Bréfritari: Jónatan Þorláksson
Viðtakandi: Jón Borgfirðings Jónsson
Dagsetning: A-1867-xx-xx
Skrifað á: Þórðarstöðum  S-Þing.

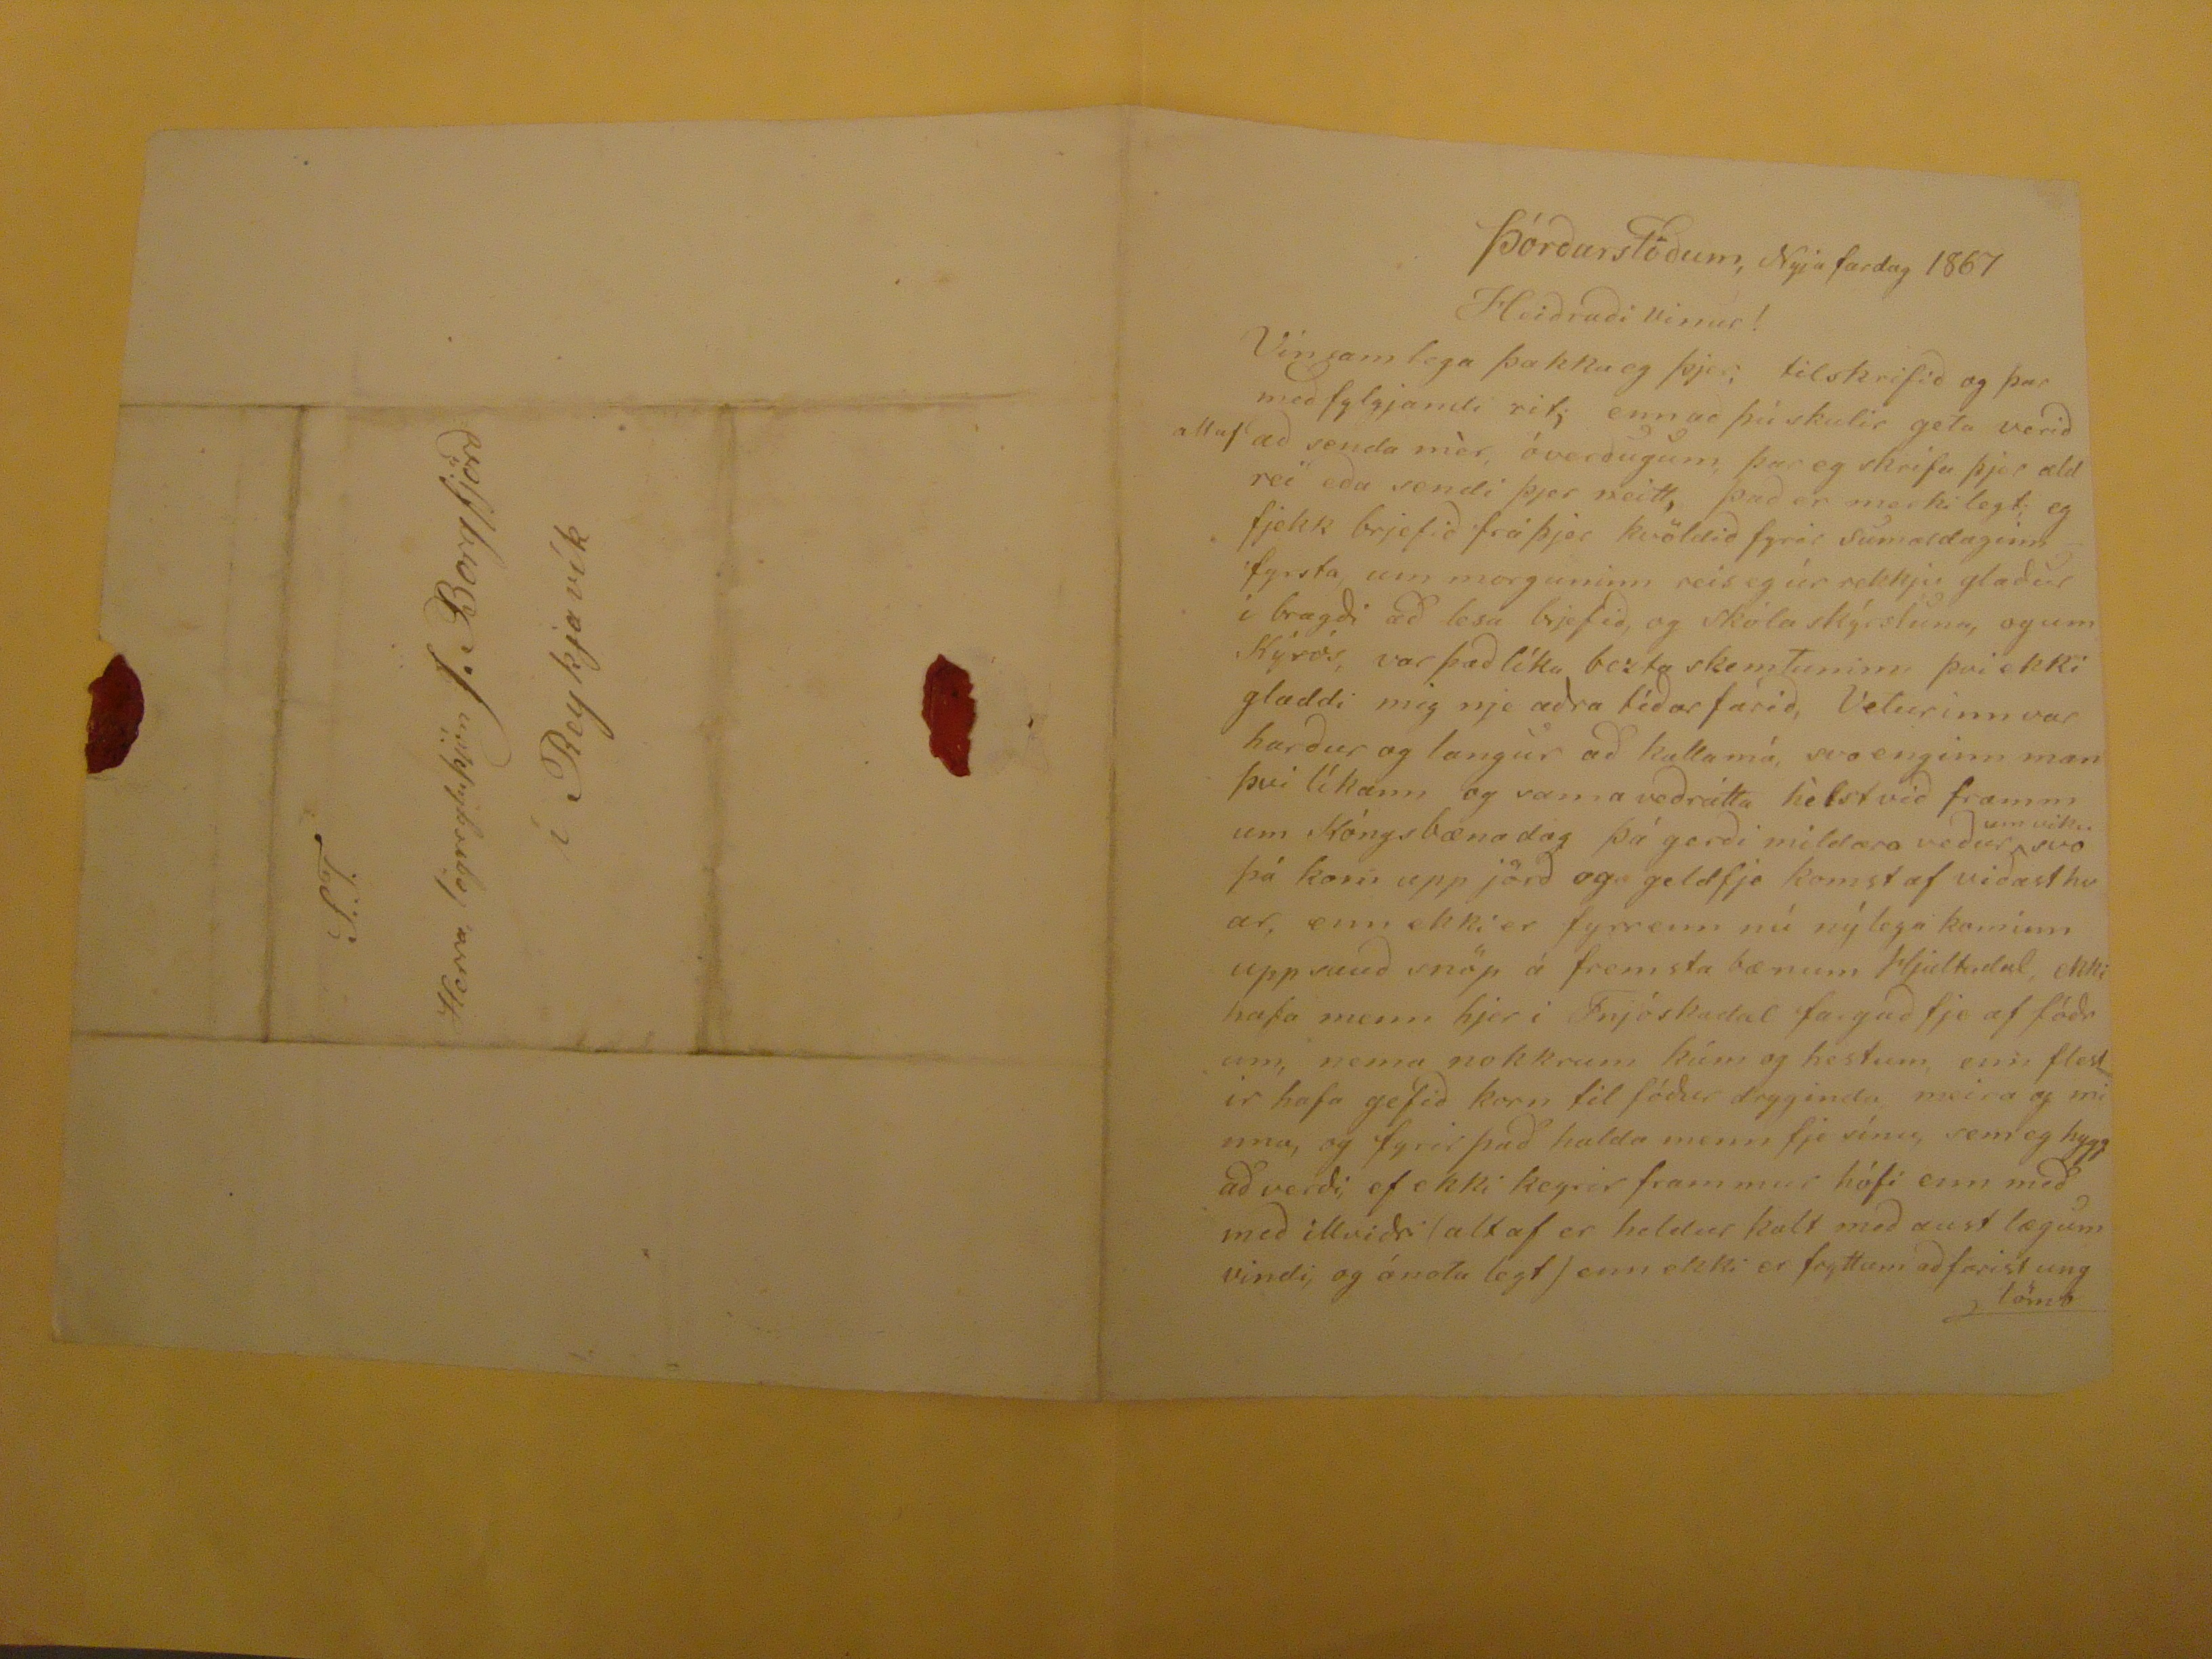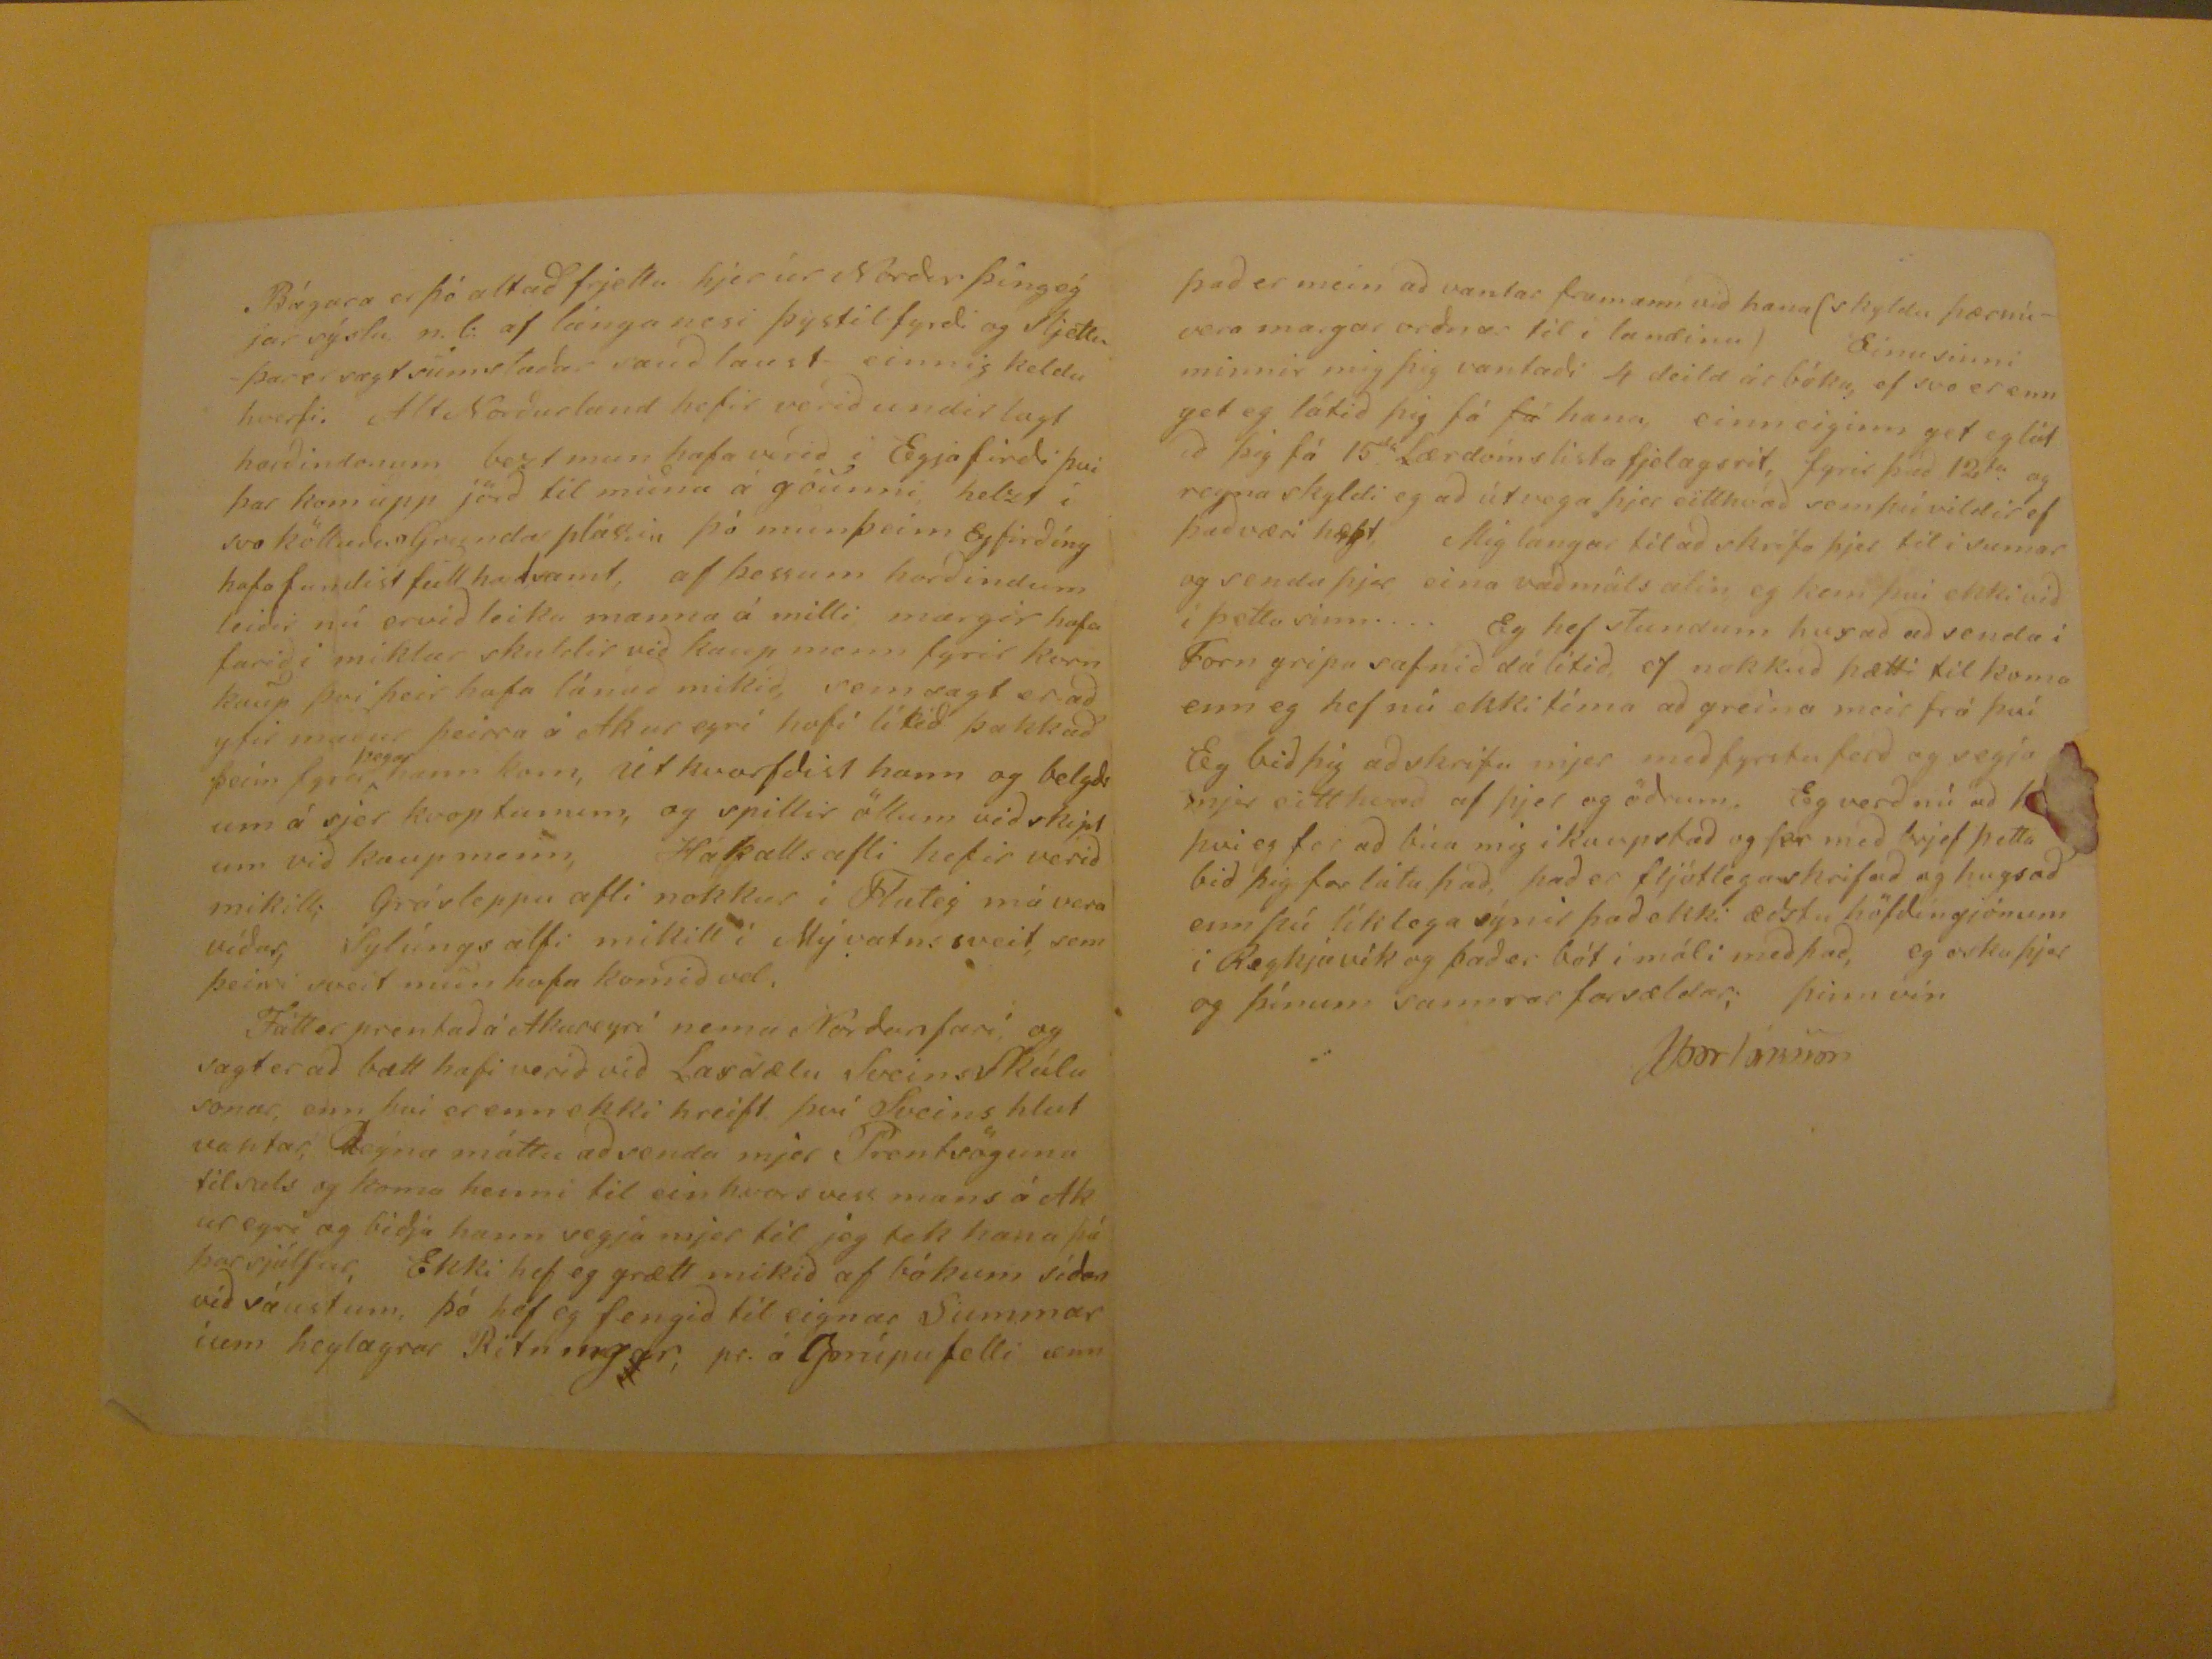

Þórðarstöðum, Nýja fardag 1867
Heiðraði vinur!
Vinsamlega þakka eg þjer, tilskrifið og þar með fylgjandi rit; ennað þú skulir geta verið altaf að senda mér óverðugum, þar eg skrifa þjer aldrei eða sendi þjer neitt, það er markilegt; eg fjekk brjefið frá þjer kvöldið fyrir sumardaginn fyrsta, um morguninn reis eg úr rekkju glaður í bragði að lesa brjefið, og skóla skýrsluna, og um Kýrós, var það líka bezta skemtuninn því ekki gladdi mig nje aðra tíðar farið, Veturinn var harður og langur að kalla má, svo enginn man því líkann og sama veðrátta hélst við framm um Kóngsbænadag þá gerði mildara veður
um viku
svo þá kom upp jörð og geldfje komst af viðast hvar, enn ekki er fyrrenn nú nýlega kominn upp sauð snöp á fremsta bænum Hjaltadal, ekki hafa menn hjer i Fnjóskadal fangað fje af fóðrum, nema nokkrum kúm og hestum, enn flestir hafa gefið korn til fóður dryginda, meira og minna, og fyrir það halda menn fje sínu, sem eg hygg að verði, ef ekki keyrir frammur hófi enn með með illviðri (altaf er heldur kalt með aust lægum vindi, og ónota legt) enn ekki er fryttum að farist ung lömb
Bágara er þó alt að frjetta hjer úr Norður þíngeýjar sýslu n.l. af langa nesi þystilfyrði og Sljéttu - þar er sagt sumstaðar sauðlaust- einnig kelduhverfi. Alt Norðurland hefir verið undirlagt harðindonum bezt mun hafa verið i Eyjafirði því þar kom upp jörð til muna á góunni, helzt í svo kölluðum Grundarplássi,, þó mun þeim Eyfirðíng hafa fundist full
harðsamt,
af þessum harðindum leiðir nú ervið leika manna á milli, margir hafa farið i miklar skuldir við kaup menn fyrir korn kaup því þeir hafa lánað mikið, sem sagt er að yfir maður þeirra á Akureyri hafi lítið þakkað þeim fyrir
þegar
hann kom, út hvorfðist hann og belgdi um á sjer kvoptunum, og spillir öllum við skiptum við kaupmenn, Hakallsafli hefir verið mikill; Grásleppu afli mokkur i Flatey má vera víðar, Sylúngs afli mikill í Mývatns sveit, sem þeirri sveit mun hafa komið vel. Fátt er prentað á Akureyri nema Norðanfari, og sagt er að bætt hafi verið við Laxdælu SveinsSkúlasonar, enn því er enn ekki hreift því Sveins hlut vantar, Reyna máttu að senda mjer Prentsöguna tilsals og koma henni til einhvors viss mans á Akyreyri og biðja hann segja mjer til jeg tek hana þá þar sjálfur, Ekki hef eg grætt mikið af bókum síðan við sáustum, þó hef eg fengið til eignar Summarium heylagrar Ritningar, pr. á
Gurúpafelli
enn
það er mein að vantar framann við hana (skylda þærnúvera margar orðnar til í landinu) Einu sinni minnir mig þig vantaði 4 deild ár bóka, ef svo er enn get eg látið þig fá
fá
hana, einn eiginn get eg látið þig fá 15
da
Lærdómslista fjelagsrit, fyrir það 12
ta
. og reyna skyldi eg að útvega þjer eitthvað sem þú vildir ef það væri hægt, Mig langar til að skrifa þjer til í sumar og senda þjer eina vaðmálsalin, eg kan því ekki við í þetta sinn.... Eg hef stundum buxað að senda í Forn gripa safnið dálitið, ef nokkuð þætti til koma enn eg hef nú ekki tíma að greina meir frá því Eg bið þig að skrifa mjer með fyrstu ferð og segja mjer eitthvað af þjer og öðrum. Eg verð nú að
??
þvi eg fer að búa mig i kaupstað og fer með brjef þetta bið þig froláta það, það er fljótlegaskrifað og hugsað enn þú líklega sýnir það ekki æðstu höfðingjónum í Reykjavík og það er bót í máli með það, eg oska þjer og þínum sannrar farsældar, þinn vin
JÞorláksson
S.T.
Herra, lögregluþjón J. Borgfjörð
í Reykjavík